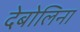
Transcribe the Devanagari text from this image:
देबोलिना